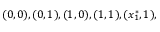
( 0 , 0 ) , ( 0 , 1 ) , ( 1 , 0 ) , ( 1 , 1 ) , ( x _ { 1 } ^ { * } , 1 ) ,